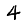
Digit: 4